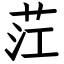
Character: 茳